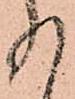
入